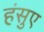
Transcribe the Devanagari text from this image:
हंसुए